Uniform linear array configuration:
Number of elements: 16
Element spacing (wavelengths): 1
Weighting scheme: cosine
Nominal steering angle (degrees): -60
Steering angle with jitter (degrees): -58.936
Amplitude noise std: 0.05
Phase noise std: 0.05

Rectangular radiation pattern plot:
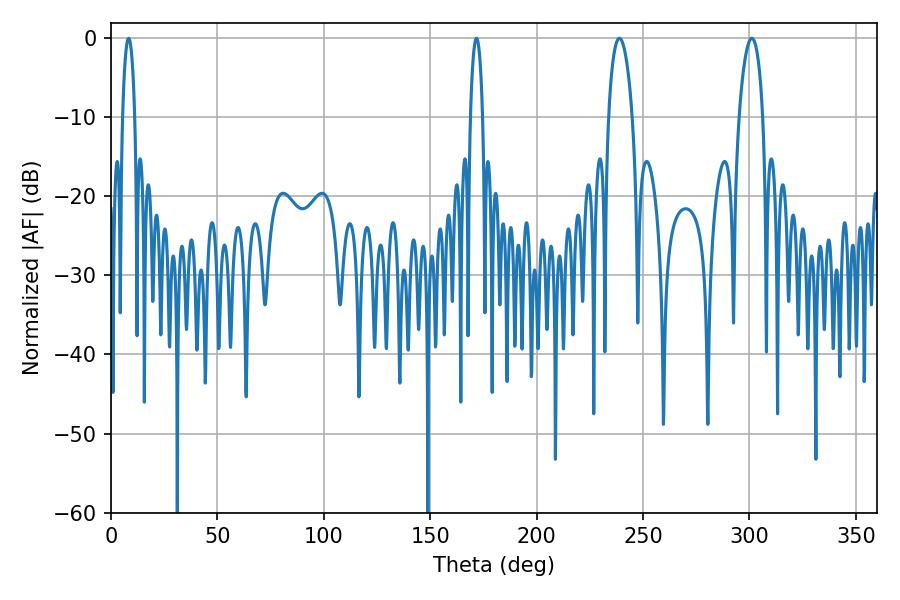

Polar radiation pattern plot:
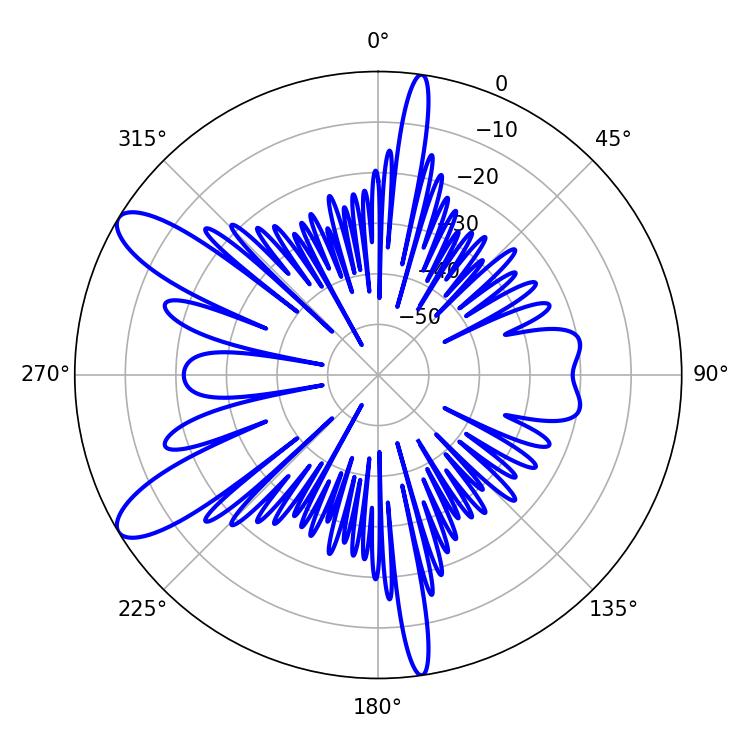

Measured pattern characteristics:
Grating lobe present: TRUE
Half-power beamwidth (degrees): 3.24
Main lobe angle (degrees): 8.28